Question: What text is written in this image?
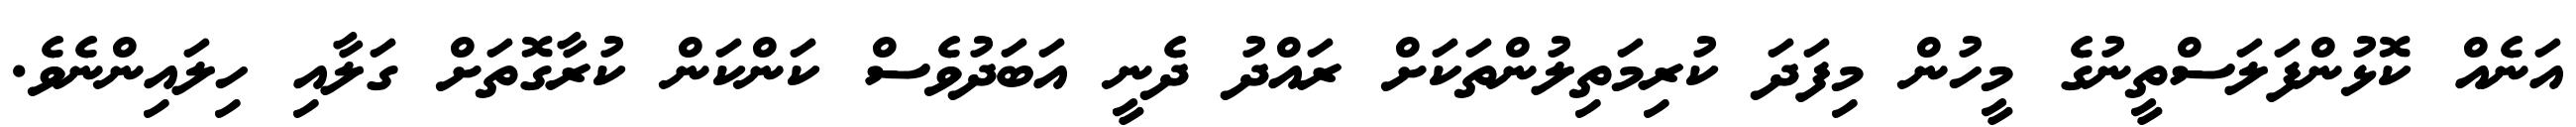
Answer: އަނެއް ކޮޅުންފަލަސްތީނުގެ މީހުން މިފަދަ ކުރިމަތިލުންތަކަށް ރައްދު ދެނީ އަބަދުވެސް ކަންކަން ކުރާގޮތަށް ގަލާއި ހިލައިންނެވެ.